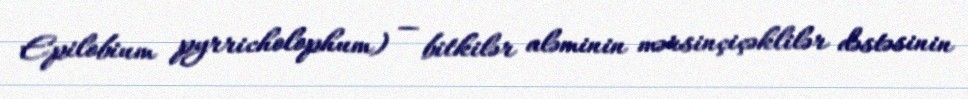
Epilobium pyrricholophum) — bitkilər aləminin mərsinçiçəklilər dəstəsinin